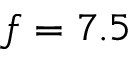
f = 7 . 5